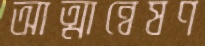
আত্মান্বেষণ